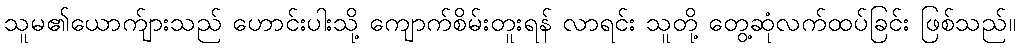
သူမ၏ယောက်ျားသည် ဟောင်းပါးသို့ ကျောက်စိမ်းတူးရန် လာရင်း သူတို့ တွေ့ဆုံလက်ထပ်ခြင်း ဖြစ်သည်။